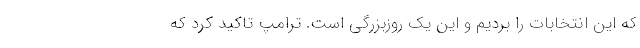
که این انتخابات را بردیم و این یک روزبزرگی است. ترامپ تاکید کرد که